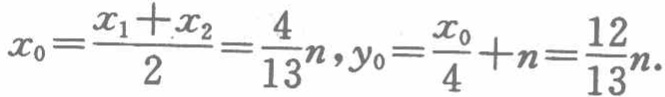
\(x_{0}=\frac{x_{1}+x_{2}}{2}=\frac{4}{13}n,y_{0}=\frac{x_{0}}{4}+n=\frac{12}{13}n.\)